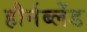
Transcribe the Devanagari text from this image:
हौर्नब्लेंड